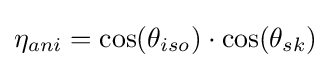
{{\eta }_{ani}}=\cos({{\theta }_{iso}})\cdot \cos({{\theta }_{sk}})